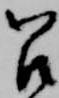
召